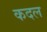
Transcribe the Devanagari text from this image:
कदल